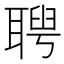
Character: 𦖳